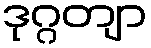
ဒုဂ္ဂတျာ